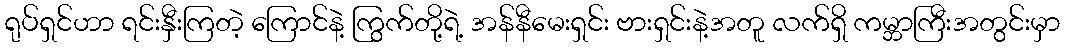
ရုပ်ရှင်ဟာ ရင်းနှီးကြတဲ့ ကြောင်နဲ့ ကြွက်တို့ရဲ့ အန်နီမေးရှင်း ဗားရှင်းနဲ့အတူ လက်ရှိ ကမ္ဘာကြီးအတွင်းမှာ